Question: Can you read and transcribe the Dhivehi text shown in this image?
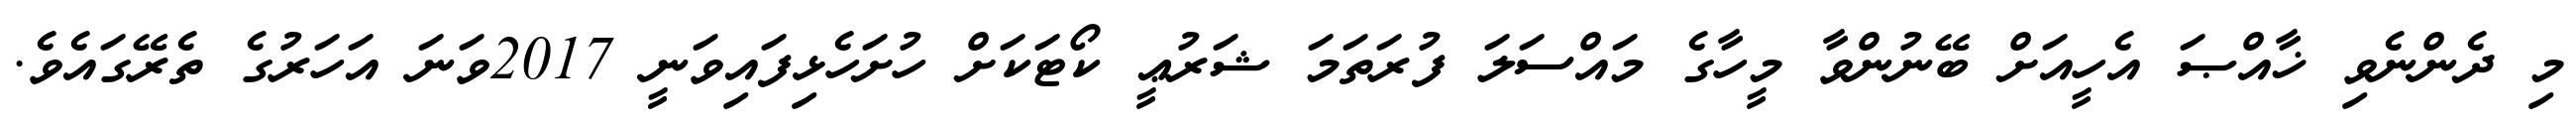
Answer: މި ދެންނެވި ޚާއްޞަ އެހީއަށް ބޭނުންވާ މީހާގެ މައްސަލަ ފުރަތަމަ ޝަރުޢީ ކޯޓަކަށް ހުށަހެޅިފައިވަނީ 2017ވަނަ އަހަރުގެ ތެރޭގައެވެ.